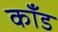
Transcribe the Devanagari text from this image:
कॉंड